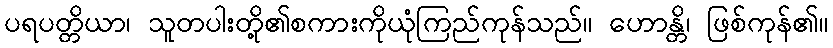
ပရပတ္တိယာ၊ သူတပါးတို့၏စကားကိုယုံကြည်ကုန်သည်။ ဟောန္တိ၊ ဖြစ်ကုန်၏။